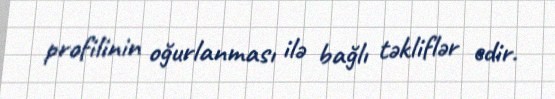
profilinin oğurlanması ilə bağlı təkliflər edir.